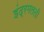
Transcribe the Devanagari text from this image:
इंद्रमलती